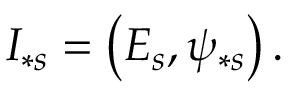
I _ { \ast s } = \left( E _ { s } , \psi _ { \ast s } \right) .